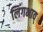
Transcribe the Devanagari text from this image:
लिंगभाव्